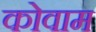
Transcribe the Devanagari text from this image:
कोवाम